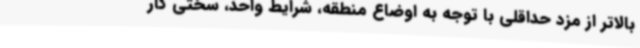
بالاتر از مزد حداقلی با توجه به اوضاع منطقه، شرایط واحد، سختی کار